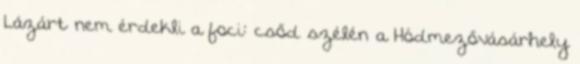
Lázárt nem érdekli a foci: csőd szélén a Hódmezővásárhely